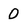
Character: 0